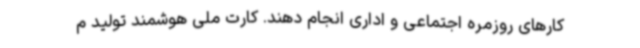
کارهای روزمره اجتماعی و اداری انجام دهند. کارت ملی هوشمند تولید م